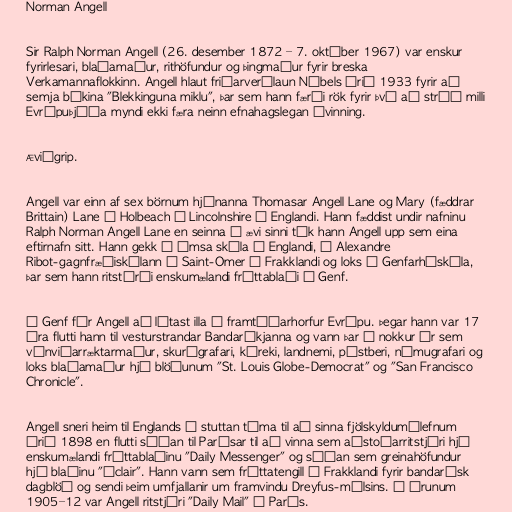
Norman Angell

Sir Ralph Norman Angell (26. desember 1872 – 7. október 1967) var enskur
fyrirlesari, blaðamaður, rithöfundur og þingmaður fyrir breska
Verkamannaflokkinn. Angell hlaut friðarverðlaun Nóbels árið 1933 fyrir að
semja bókina "Blekkinguna miklu", þar sem hann færði rök fyrir því að stríð milli
Evrópuþjóða myndi ekki færa neinn efnahagslegan ávinning.

Æviágrip.

Angell var einn af sex börnum hjónanna Thomasar Angell Lane og Mary (fæddrar
Brittain) Lane í Holbeach í Lincolnshire á Englandi. Hann fæddist undir nafninu
Ralph Norman Angell Lane en seinna á ævi sinni tók hann Angell upp sem eina
eftirnafn sitt. Hann gekk í ýmsa skóla á Englandi, í Alexandre
Ribot-gagnfræðiskólann í Saint-Omer í Frakklandi og loks í Genfarháskóla,
þar sem hann ritstýrði enskumælandi fréttablaði í Genf.

Í Genf fór Angell að lítast illa á framtíðarhorfur Evrópu. Þegar hann var 17
ára flutti hann til vesturstrandar Bandaríkjanna og vann þar í nokkur ár sem
vínviðarræktarmaður, skurðgrafari, kúreki, landnemi, póstberi, námugrafari og
loks blaðamaður hjá blöðunum "St. Louis Globe-Democrat" og "San Francisco
Chronicle".

Angell sneri heim til Englands í stuttan tíma til að sinna fjölskyldumálefnum
árið 1898 en flutti síðan til Parísar til að vinna sem aðstoðarritstjóri hjá
enskumælandi fréttablaðinu "Daily Messenger" og síðan sem greinahöfundur
hjá blaðinu "Éclair". Hann vann sem fréttatengill í Frakklandi fyrir bandarísk
dagblöð og sendi þeim umfjallanir um framvindu Dreyfus-málsins. Á árunum
1905–12 var Angell ritstjóri "Daily Mail" í París.